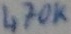
Text: 470K